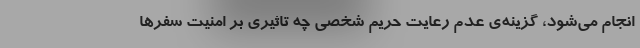
انجام می‌شود، گزینه‌ی عدم رعایت حریم شخصی چه تاثیری بر امنیت سفرها